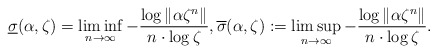
\begin{align*} \underline{\sigma}(\alpha,\zeta)= \liminf_{n\to\infty} -\frac{\log \Vert \alpha \zeta^{n}\Vert}{n\cdot \log \zeta},\overline{\sigma}(\alpha,\zeta):= \limsup_{n\to\infty} -\frac{\log \Vert \alpha \zeta^{n}\Vert}{n\cdot \log \zeta}.\end{align*}